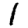
Digit: 1